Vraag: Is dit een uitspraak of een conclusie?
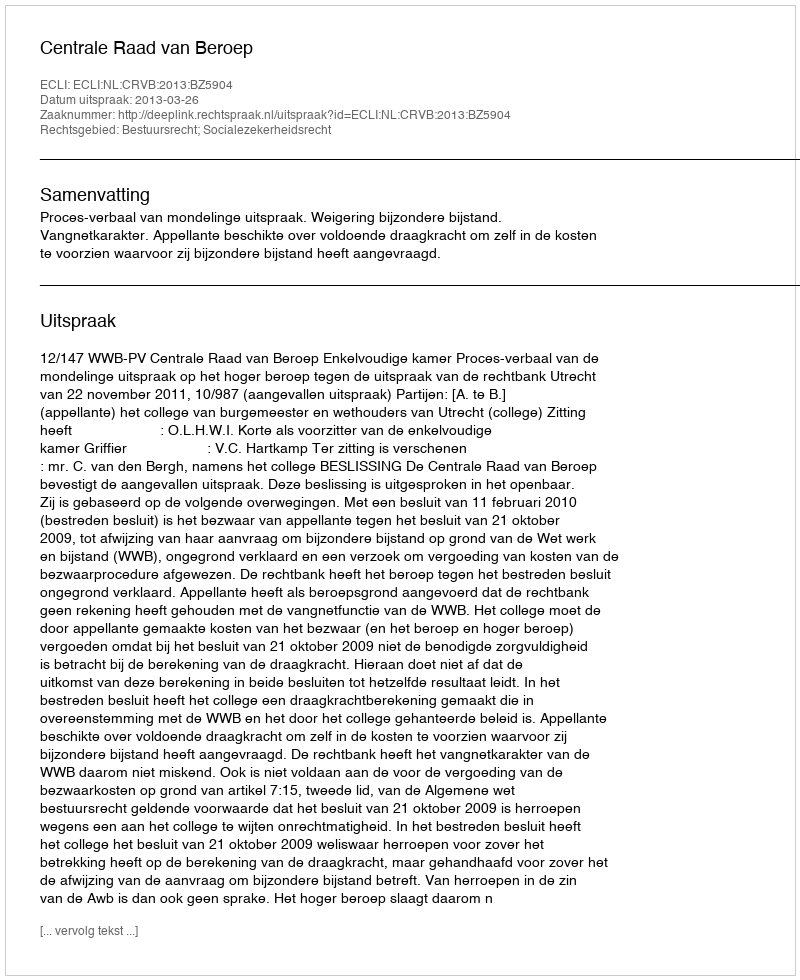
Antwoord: Uitspraak